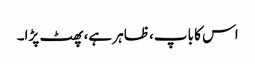
اس کا باپ، ظاہر ہے، پھٹ پڑا۔